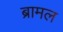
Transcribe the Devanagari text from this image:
ब्रामल